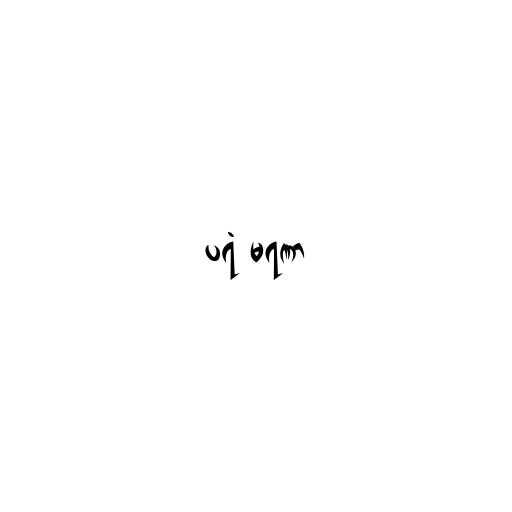
ပရံ မရဏာ